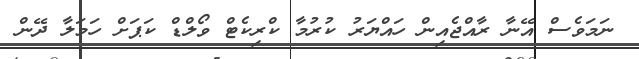
ނަމަވެސް އޭނާ ރާއްޖެއިން ހައްޔަރު ކުރުމާ ކްރިކެޓް ވޯލްޑް ކަޕަށް ހަމަލާ ދޭން